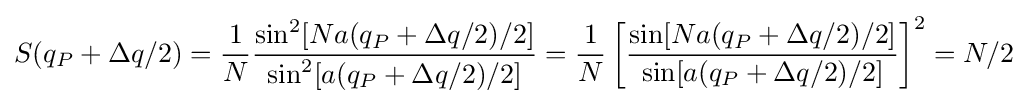
S(q_{P}+\Delta q/2)={\frac {1}{N}}{\frac {\sin ^{2}[Na(q_{P}+\Delta q/2)/2]}{\sin ^{2}[a(q_{P}+\Delta q/2)/2]}}={\frac {1}{N}}\left[{\frac {\sin[Na(q_{P}+\Delta q/2)/2]}{\sin[a(q_{P}+\Delta q/2)/2]}}\right]^{2}=N/2